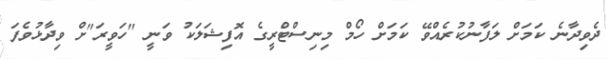
ދެވިދާނެ ކަމަށް ލަފާނުކުރެއްވޭ ކަމަށް ހޯމް މިނިސްޓްރީގެ އޮފިޝަލަކު ވަނީ "ހަވީރަ"ށް ވިދާޅުވެފަ